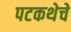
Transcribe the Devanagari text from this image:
पटकथेचे